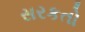
સરકતો